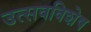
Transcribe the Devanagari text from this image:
उत्सवविशेष